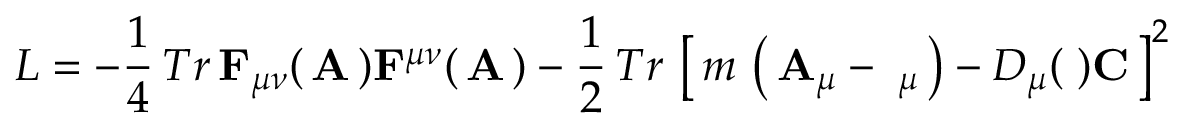
L = - { \frac { 1 } { 4 } } \, T r \, { \bf F } _ { \mu \nu } ( \, { \bf A } \, ) { \bf F } ^ { \mu \nu } ( \, { \bf A } \, ) - { \frac { 1 } { 2 } } \, T r \, \left[ \, m \, \left( \, { \bf A } _ { \mu } - { \bf \Phi } _ { \mu } \, \right) - D _ { \mu } ( { \bf \Phi } ) { \bf C } \, \right] ^ { 2 }